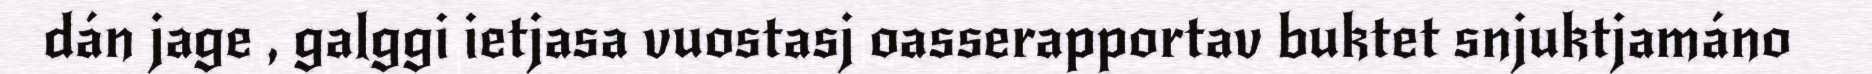
dán jage , galggi ietjasa vuostasj oasserapportav buktet snjuktjamáno